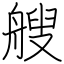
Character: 艘